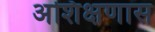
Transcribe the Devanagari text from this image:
अशिक्षणास